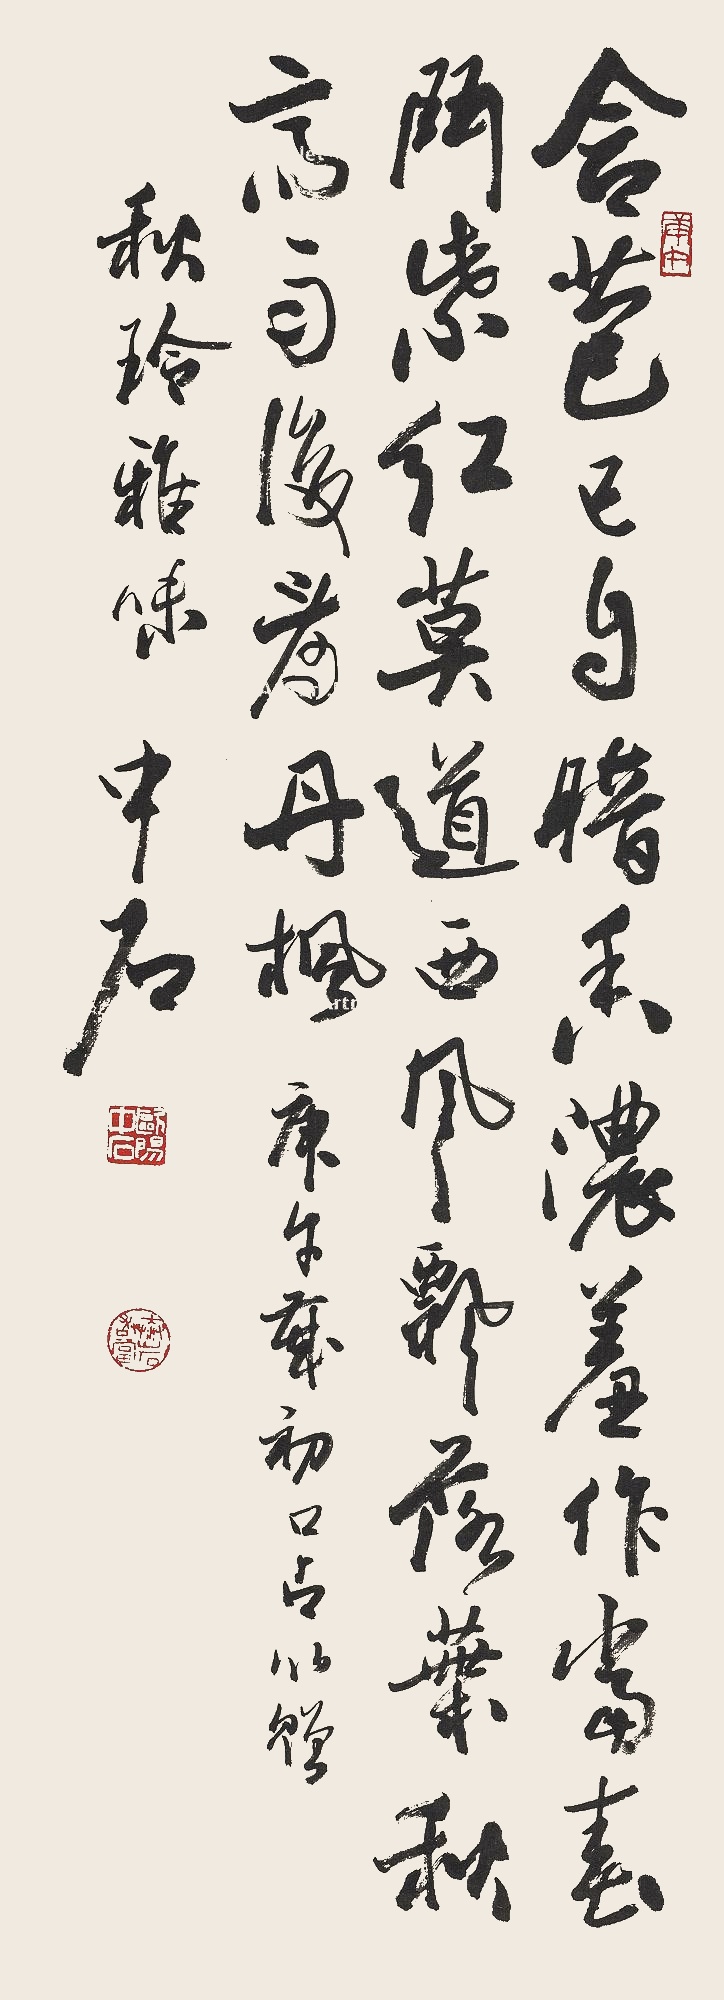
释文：含苞己自暗香浓，羞作当春斗紫红。莫道西风飘落叶，秋高雨后看丹枫。庚午岁初，口占以赠。秋玲雅味。中石。